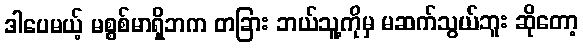
ဒါပေမယ့် မစ္စစ်မာရှိဘက တခြား ဘယ်သူ့ကိုမှ မဆက်သွယ်ဘူး ဆိုတော့